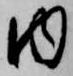
内